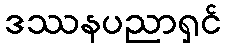
ဒဿနပညာရှင်